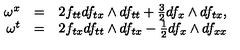
\begin{array} { r c l } { \omega ^ { x } } & { = } & { 2 f _ { t t } d f _ { t x } \wedge d f _ { t t } + \frac { 3 } { 2 } d f _ { x } \wedge d f _ { t x } , } \\ { \omega ^ { t } } & { = } & { 2 f _ { t x } d f _ { t t } \wedge d f _ { t x } - \frac { 1 } { 2 } d f _ { x } \wedge d f _ { x x } } \\ \end{array}